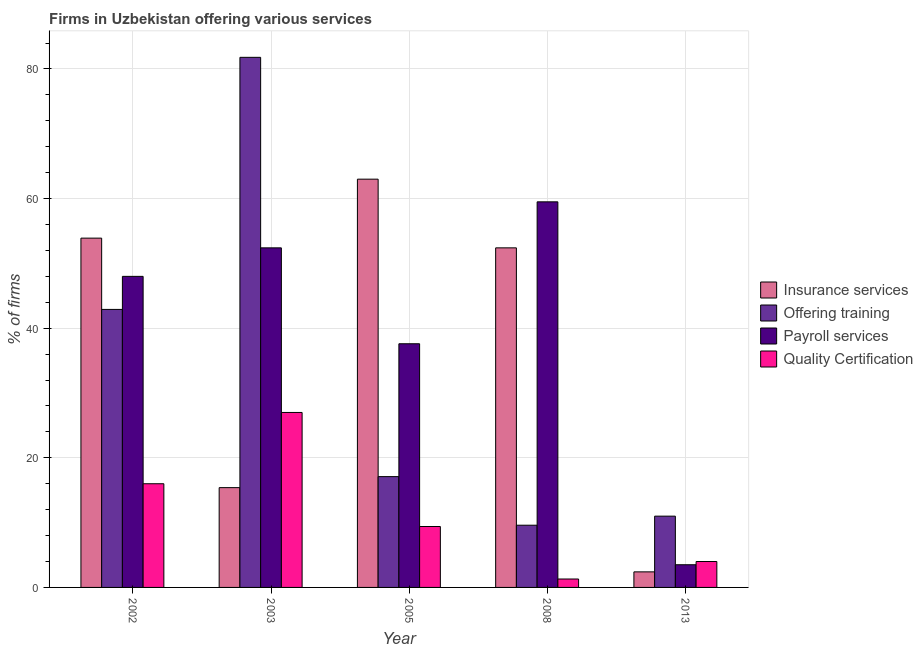
| Year | Insurance services | Offering training | Payroll services | Quality Certification |
 | --- | --- | --- | --- | --- |
 | 2002 | 53.9 | 42.9 | 48 | 16 |
 | 2003 | 15.4 | 81.8 | 52.4 | 27 |
 | 2005 | 63 | 17.1 | 37.6 | 9.4 |
 | 2008 | 52.4 | 9.6 | 59.5 | 1.3 |
 | 2013 | 2.4 | 11 | 3.5 | 4 |